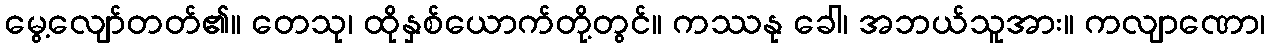
မွေ့လျော်တတ်၏။ တေသု၊ ထိုနှစ်ယောက်တို့တွင်။ ကဿနု ခေါ၊ အဘယ်သူအား။ ကလျာဏော၊